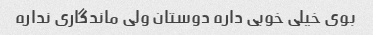
بوی خیلی خوبی داره دوستان ولی ماندگاری نداره